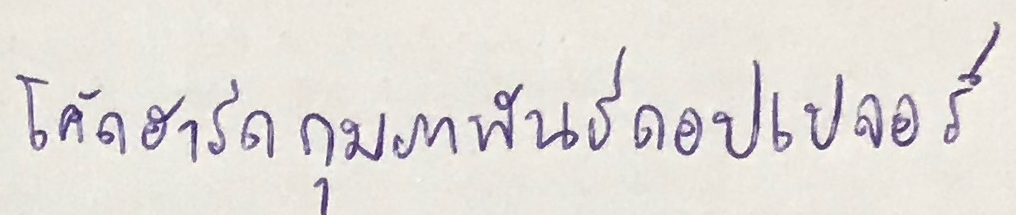
โค้ดฮาร์ดกุมภาพันธ์ดอปเปลอร์